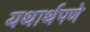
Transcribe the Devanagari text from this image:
यथार्थपणे